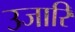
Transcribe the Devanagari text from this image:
उजारि